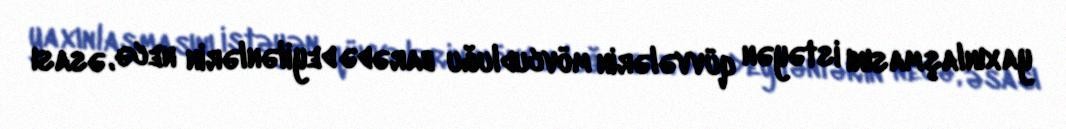
yaxınlaşmasını istəyən qüvvələrin mövcudluğu barədə deyilənlərin necə, əsası